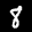
Label: 8